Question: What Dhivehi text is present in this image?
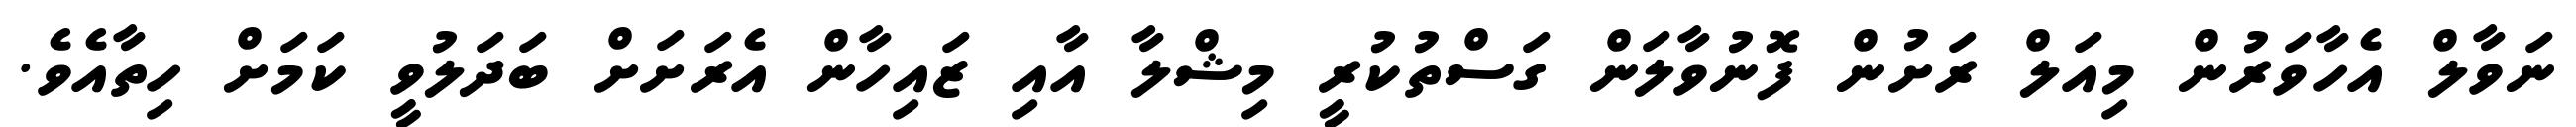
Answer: ނަވާލް އެހާވަރުން މިއަލް ރަށުން ފޮނުވާލަން ގަސްތުކުރީ މިޝްލާ އާއި ޒައިހާން އެރަށަށް ބަދަލުވީ ކަމަށް ހިތާއެވެ.